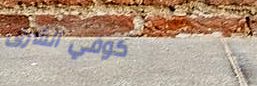
كوفي الشرق